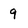
Character: 9